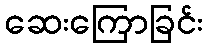
ဆေးကြောခြင်း